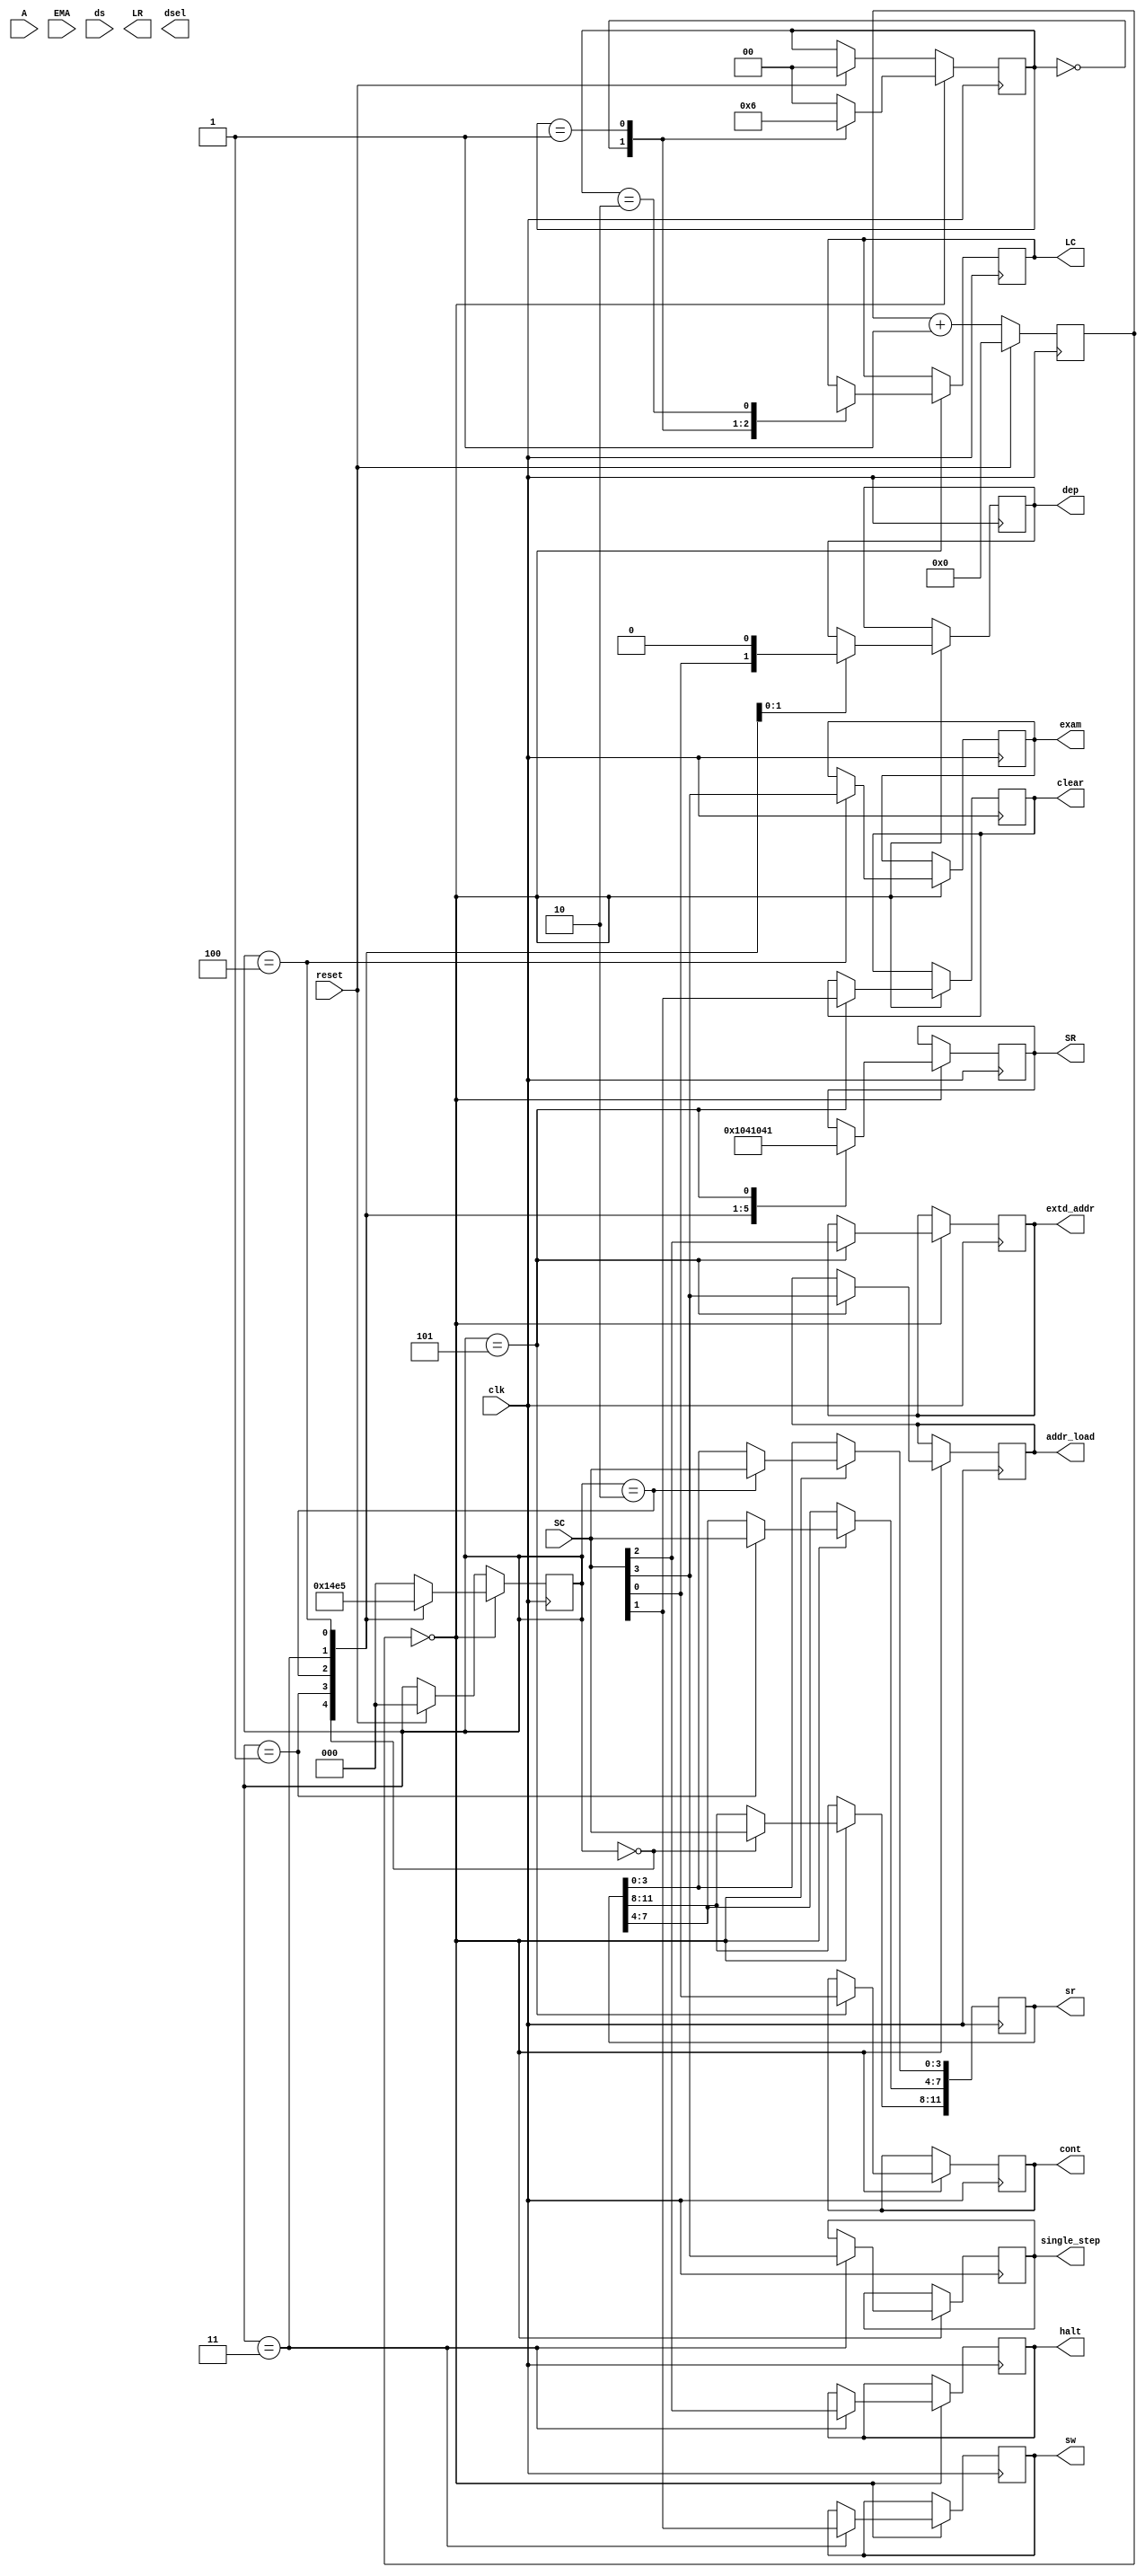
/* verilator lint_off ASCRANGE */

module scan_matrix (
    input clk,
    input reset,
    input [0:11] A,
    input [0:2] EMA,
    input [0:11] ds,
    output reg [0:2] LR,
    output reg [0:12] LC,
    output reg [0:4] SR,
    output reg [0:11] sr,
    output reg [2:0] dsel,
    output reg single_step,
    halt, sw,
    output reg addr_load,
    extd_addr,
    clear,
    cont,
    exam,
    dep,
    input [0:3] SC
);

  reg [14:0] counter;
  reg [ 1:0] Lrow;
  reg [ 2:0] Srow;
  reg [0:5] dsel1;

  // three signals single_step, halt and sw have to be developed in this
  // module.  In an original PDP8e they are essentailly toggle switches, Here
  // we are emulating that with push button switches.  So we have to detect
  // presses, toggle the state of the signal and hold off making changes for
  // some period of time.  Basically the same as the circuitry in
  // front_panel.v
  //
  // Additionally the 12 sr switches need the same treatment

  always @(posedge clk) begin
    if (reset == 1'b1) begin
      counter <= 15'd0;
      Lrow <= 2'b00;
      Srow <= 3'b000;

    end else counter <= counter + 15'd1;
    if (counter == 15'd0) begin
      
      case (Lrow)
        0: begin
          Lrow <= 2'd1;
          LC   <= {EMA[0:2], A[0:6], dsel1[0:1]};
        end
        1: begin
          LC   <= {A[7:11], ds[0:4], dsel1[2:3]};
          Lrow <= 2'd2;
        end
        2: begin
          LC   <= {ds[5:11], single_step, halt,sw, dsel1[4:5]};
          Lrow <= 2'd0;
        end
        default: Lrow <= 2'b00;
      endcase
      case (Srow)
        0: begin
	   SR <= 6'b100000;
	   sr[0:3] <= SC;
	   Srow <= 3'b001;
        end
        1: begin
	   SR <= 6'b010000;
	   sr[4:7] <= SC;
	   Srow <= 3'b010;
        end
        2: begin
	   SR <= 6'b001000;
	   sr[8:11] <= SC; 
	   Srow <= 3'b011;
        end
        3: begin
	   SR <= 6'b000100;
	   {single_step,halt,sw,dep} <= SC; //need separate signals for inout and processed output
	   Srow <= 3'b100;
        end
        4: begin
	   SR <= 6'b000010;
	   {dep,exam} <= SC[0];
	   Srow <= 3'b101;
        end
        5: begin
	   SR <= 6'b000001;
	   {addr_load,extd_addr,clear,cont} <= SC;
	   Srow <= 3'b000;
        end
        default: Srow <= 3'b000;
      endcase
    end
  end



endmodule